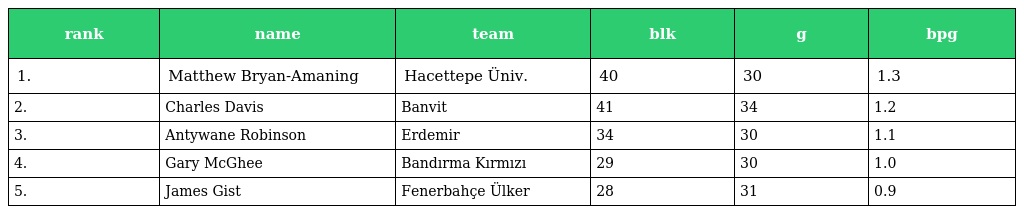
| rank | name | team | blk | g | bpg |
 | --- | --- | --- | --- | --- | --- |
 | 1. | Matthew Bryan-Amaning | Hacettepe Üniv. | 40 | 30 | 1.3 |
 | 2. | Charles Davis | Banvit | 41 | 34 | 1.2 |
 | 3. | Antywane Robinson | Erdemir | 34 | 30 | 1.1 |
 | 4. | Gary McGhee | Bandırma Kırmızı | 29 | 30 | 1.0 |
 | 5. | James Gist | Fenerbahçe Ülker | 28 | 31 | 0.9 |